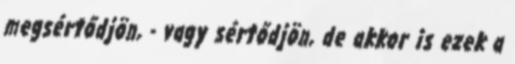
megsértődjön, - vagy sértődjön, de akkor is ezek a